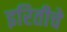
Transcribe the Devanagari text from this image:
इरितीचे